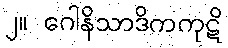
၂။ ဂေါနိသာဒိကကုဋိ